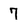
Character: 7